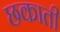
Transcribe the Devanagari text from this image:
छकाती